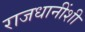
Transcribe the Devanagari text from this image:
राजधानींशी